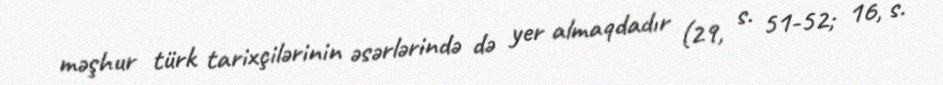
məşhur türk tarixçilərinin əsərlərində də yer almaqdadır (29, s. 51-52; 16, s.